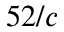
5 2 / c